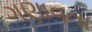
ગણાવતા